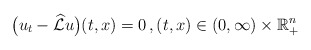
\begin{align*}\big(u_t-\widehat{\mathcal{L}}u\big)(t,x) = 0\,,(t,x) \in (0, \infty)\times \mathbb{R}_{+}^n \end{align*}